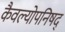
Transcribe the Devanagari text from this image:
कैवल्योपनिषद्